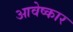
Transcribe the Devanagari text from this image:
आवेष्कार